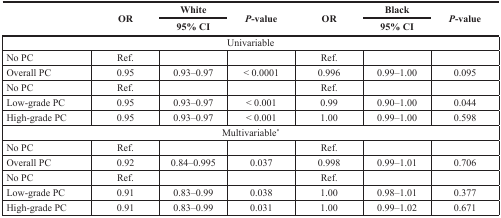
<table><thead><tr><td rowspan="2"></td><td rowspan="2"><b>OR</b></td><td><b>White</b></td><td rowspan="2"><b><i>P</i>-value</b></td><td rowspan="2"><b>OR</b></td><td><b>Black</b></td><td rowspan="2"><b><i>P</i>-value</b></td></tr><tr><td><b>95% CI</b></td><td><b>95% CI</b></td></tr></thead><tbody><tr><td colspan="7">Univariable</td></tr><tr><td>No PC</td><td>Ref.</td><td></td><td></td><td>Ref.</td><td></td><td></td></tr><tr><td>Overall PC</td><td>0.95</td><td>0.93–0.97</td><td>&lt; 0.0001</td><td>0.996</td><td>0.99–1.00</td><td>0.095</td></tr><tr><td>No PC</td><td>Ref.</td><td></td><td></td><td>Ref.</td><td></td><td></td></tr><tr><td>Low-grade PC</td><td>0.95</td><td>0.93–0.97</td><td>&lt; 0.001</td><td>0.99</td><td>0.90–1.00</td><td>0.044</td></tr><tr><td>High-grade PC</td><td>0.95</td><td>0.93–0.97</td><td>&lt; 0.001</td><td>1.00</td><td>0.99–1.00</td><td>0.598</td></tr><tr><td colspan="7">Multivariable*</td></tr><tr><td>No PC</td><td>Ref.</td><td></td><td></td><td>Ref.</td><td></td><td></td></tr><tr><td>Overall PC</td><td>0.92</td><td>0.84–0.995</td><td>0.037</td><td>0.998</td><td>0.99–1.01</td><td>0.706</td></tr><tr><td>No PC</td><td>Ref.</td><td></td><td></td><td>Ref.</td><td></td><td></td></tr><tr><td>Low-grade PC</td><td>0.91</td><td>0.83–0.99</td><td>0.038</td><td>1.00</td><td>0.98–1.01</td><td>0.377</td></tr><tr><td>High-grade PC</td><td>0.91</td><td>0.83–0.99</td><td>0.031</td><td>1.00</td><td>0.99–1.02</td><td>0.671</td></tr></tbody></table>